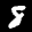
Label: 8